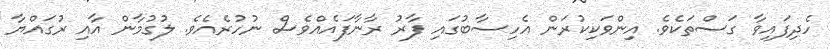
ހެދިފައިވާ ގަސްތަކެވެ. އިންވަކިކުރަން އެހިސާބުގައި ފާރު ރާނާފައެއްވެސް ނުހުރެއެވެ. ލުގުމާން އާއި ރުގައްޔާ